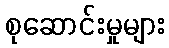
စုဆောင်းမှုများ